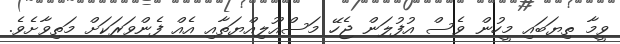
ވީމާ ތިޔަބައި މީހުން ވެސް އުފުލަން ޖެހޭ މަސްއޫލިއްޔަތާއި އެއް ފެންވަރަކަށް މަތިވާށެވެ.